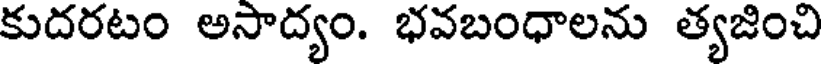
కుదరటం అసాద్యం. భవబంధాలను త్యజించి